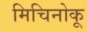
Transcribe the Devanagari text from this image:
मिचिनोकू